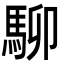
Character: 駠